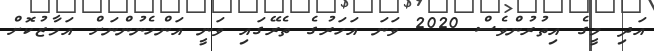
އަދި މީގެ އިތުރުންވެސް 2020 ވަނަ އަހަރުގެ ތެރޭގައި ވަނީ އަންހެނުންނަށް އަމާޒުކޮށް